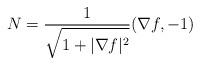
LaTeX: \begin{align*}N=\frac{1}{\sqrt{1+|\overset{}{\nabla}f|^{2}}}(\overset{}{\nabla}f,-1)\end{align*}